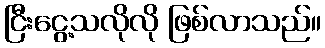
ငြီးငွေ့သလိုလို ဖြစ်လာသည်။